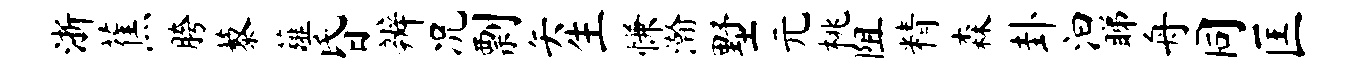
浙蕉胯藜薤昏辨况剽矢生慊瀚墅元桃阻精森卦汩睇舟同匡